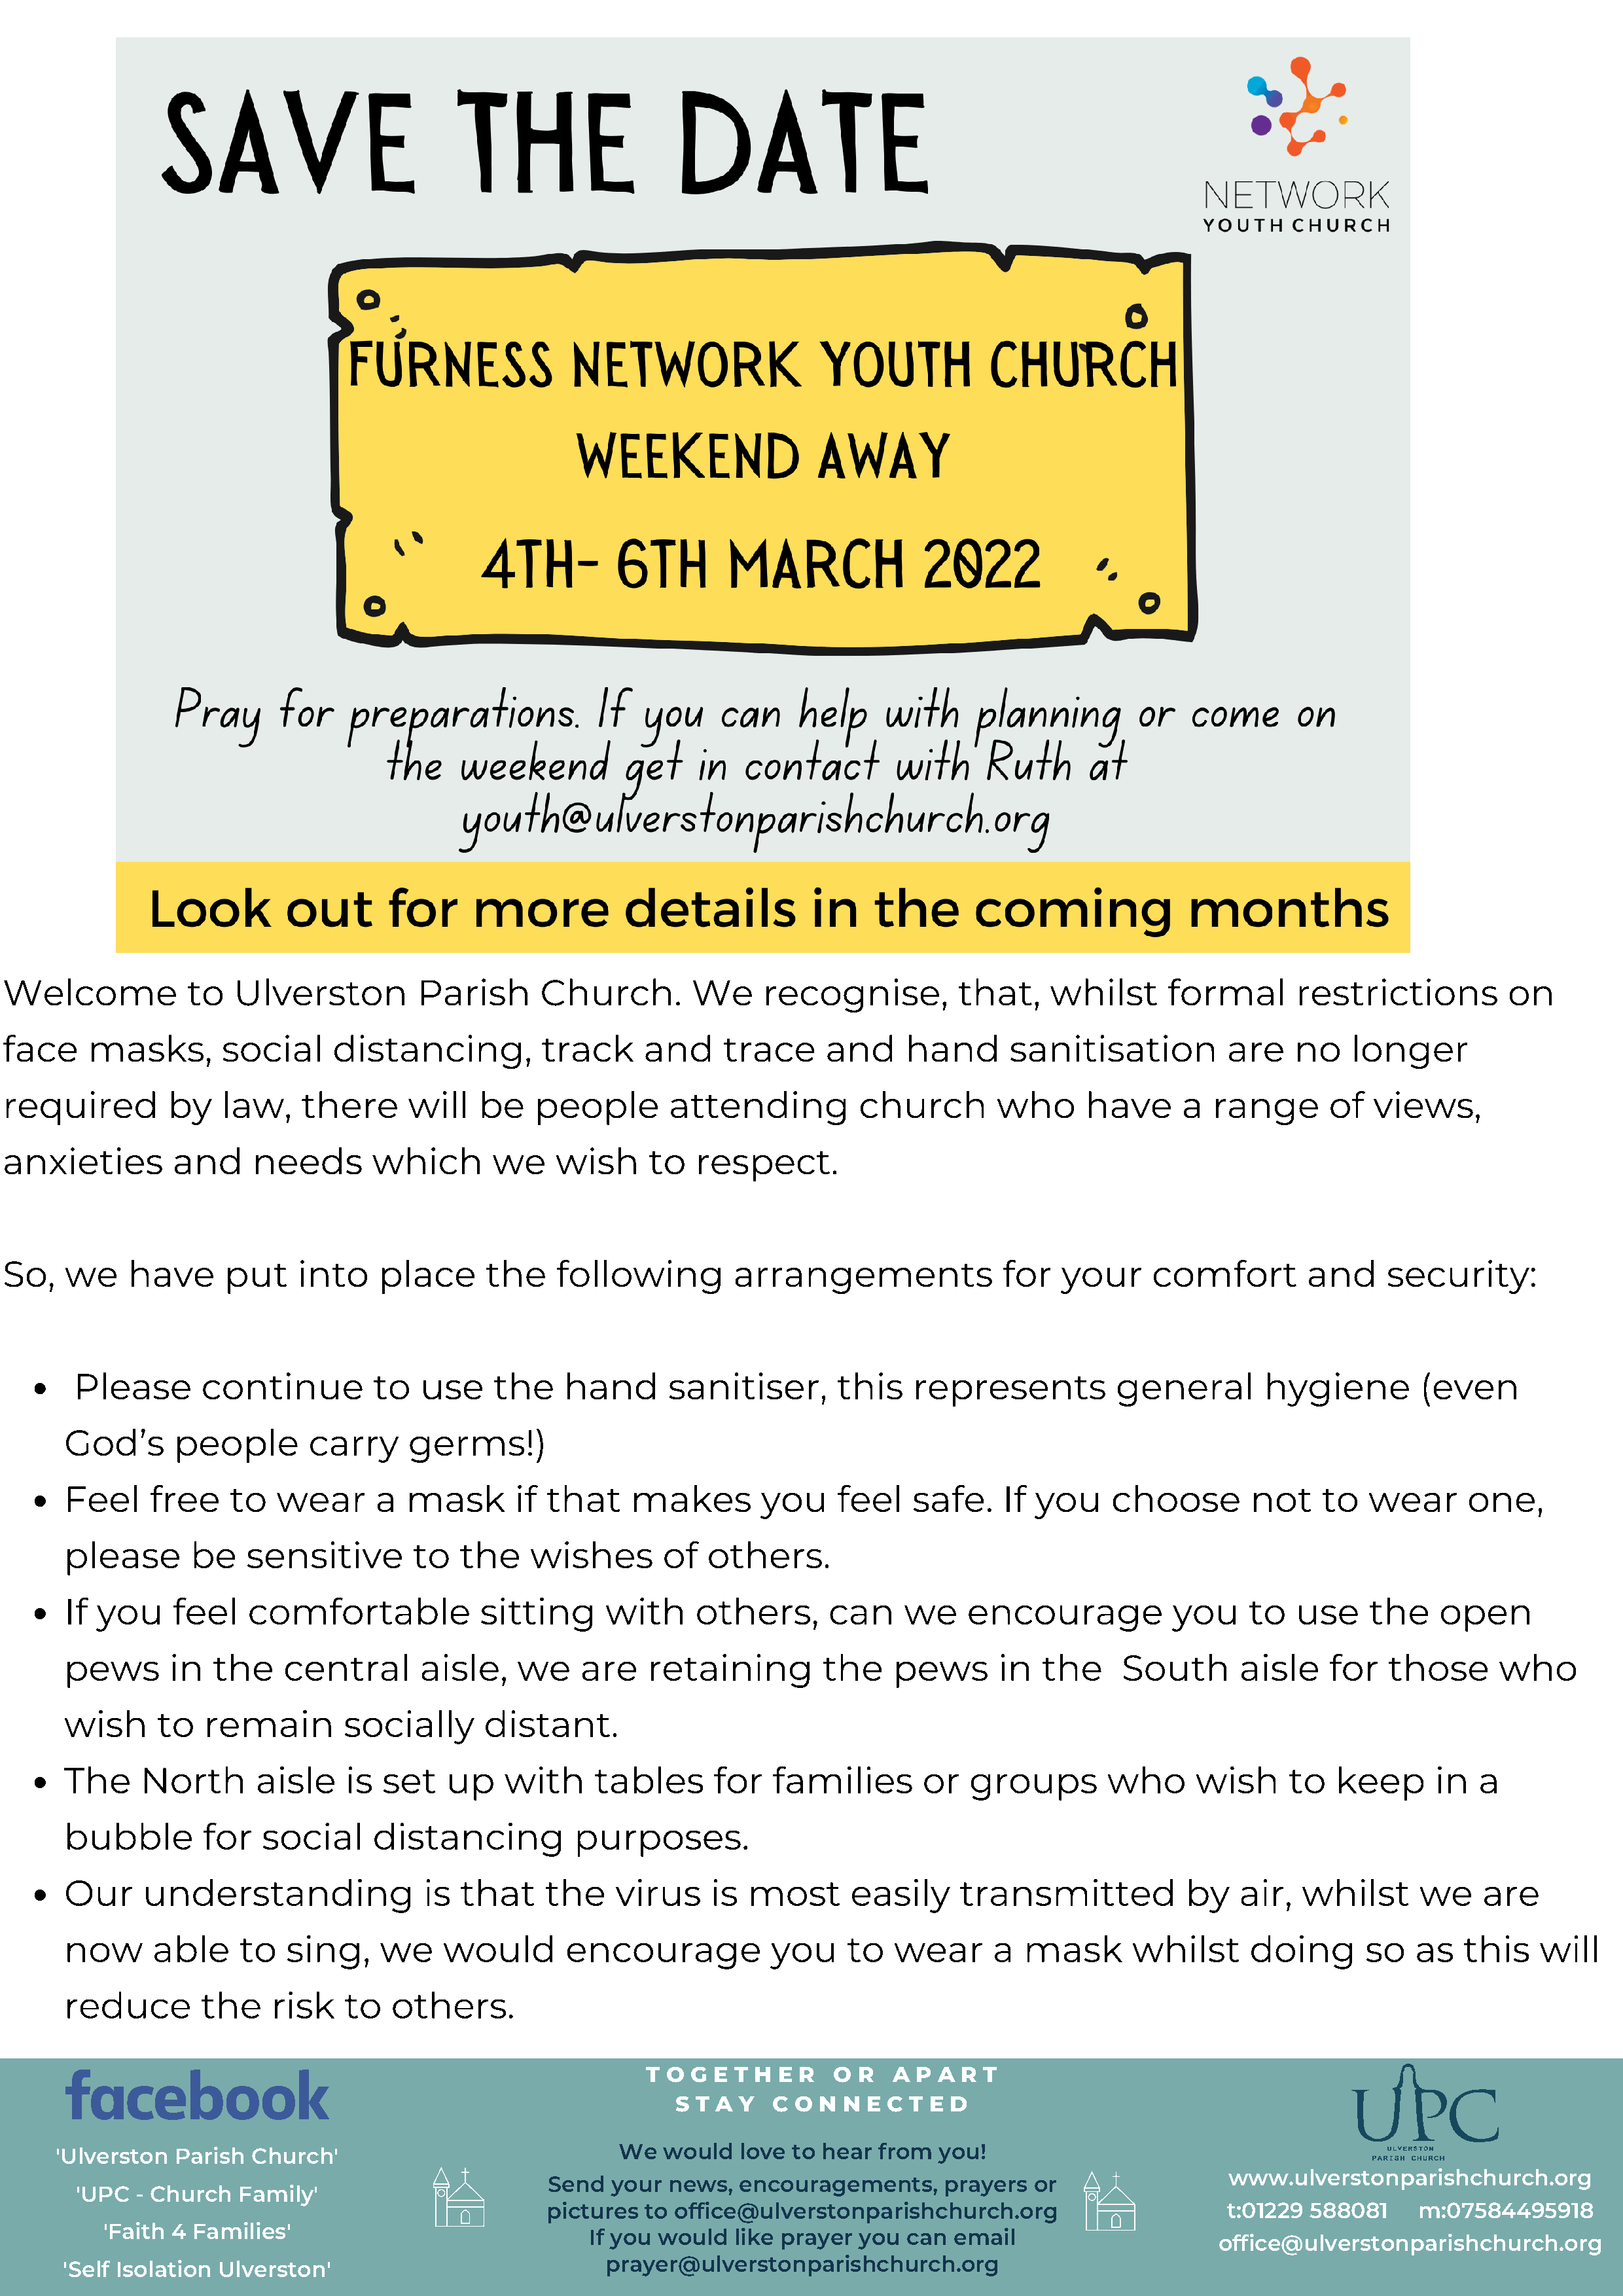
Welcome            to   Ulverston         Parish       Church.        We     recognise,          that,    whilst      formal       restrictions          on
 face     masks,       social      distancing,          track     and     trace      and     hand      sanitisation          are    no    longer
 required         by   law,    there      will   be    people        attending          church        who      have      a  range      of   views,
 anxieties        and      needs       which       we    wish      to  respect.
 So,    we    have      put    into    place      the    following         arrangements               for   your      comfort        and     security:
 Please       continue          to   use    the    hand       sanitiser,       this   represents           general        hygiene         (even
 God’s       people       carry     germs!)
 Feel     free    to   wear      a  mask       if that     makes        you     feel   safe.    If  you    choose        not     to  wear      one,
 please       be    sensitive        to   the    wishes       of   others.
 If  you    feel    comfortable             sitting     with     others,       can    we     encourage            you    to   use    the     open
 pews       in   the    central      aisle,    we     are   retaining         the    pews       in  the     South       aisle    for   those       who
 wish      to   remain        socially      distant.
 The     North       aisle    is  set   up    with     tables      for   families       or   groups        who      wish     to   keep      in   a
 bubble         for  social      distancing          purposes.
 Our     understanding                is  that    the    virus     is  most      easily     transmitted            by   air,   whilst      we    are
 now      able     to   sing,    we     would       encourage            you     to  wear      a   mask       whilst     doing       so   as   this    will
 reduce        the    risk    to   others.
 T O  G E T H  E R  O  R  A  P A R T
 S T A  Y  C O  N N  E C T E D
 We  would   love to hear  from  you!
 'Ulverston  Parish Church'
 www.ulverstonparishchurch.org
 Send   your  news,  encouragements,     prayers   or
 'UPC  - Church  Family'
 pictures  to office@ulverstonparishchurch.org                        t:01229 588081     m:07584495918
 'Faith 4 Families'
 If you would  like prayer  you  can email
 office@ulverstonparishchurch.org
 prayer@ulverstonparishchurch.org
 'Self Isolation Ulverston'